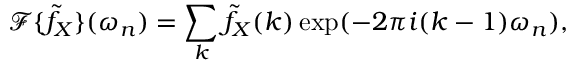
\mathcal F \{ \tilde { f } _ { X } \} ( \omega _ { n } ) = \sum _ { k } \tilde { f } _ { X } ( k ) \exp ( - 2 \pi i ( k - 1 ) \omega _ { n } ) ,